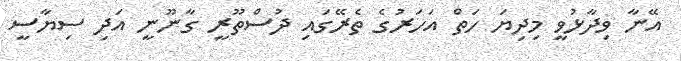
އޭނާ ވިދާޅުވީ މިދިޔަ ހަތް އަހަރުގެ ތެރޭގައި ދުސްތޫރީ ގާނޫނީ އަދި ސިޔާސީ